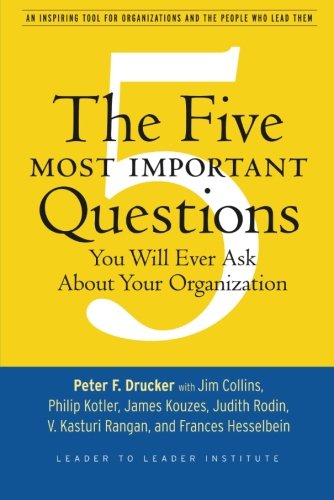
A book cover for The Five Most Important Questions You Will Ever Ask About Your Organization; Peter F. Drucker; Business & Money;